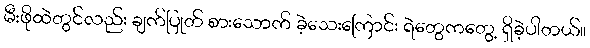
မီးဖိုထဲတွင်လည်း ချက်ပြုတ် စားသောက် ခဲ့သေးကြောင်း ရဲတွေကတွေ့ ရှိခဲ့ပါတယ်။